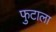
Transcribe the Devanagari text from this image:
फुटाला